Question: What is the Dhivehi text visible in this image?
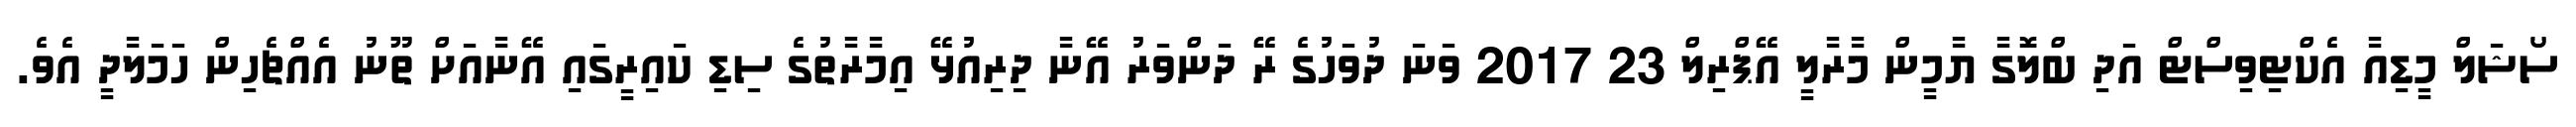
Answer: ސޯޝަލް މީޑިއާ އެކްޓިވިސްޓް އަދި ބްލޮގާ ޔާމީން މާރާލީ އޭޕްރިލް 23 2017 ވަނަ ދުވަހުގެ ރޭ ދަންވަރު އޭނާ ދިރިއުޅޭ އިމާރާތުގެ ސިޑި ކައިރީގައި އޭނާއަށް ތޫނު އެއްޗެހިން ހަމަލާދީ އެވެ.